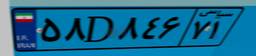
۸۶D۱۱۶۱۹